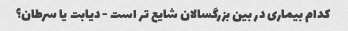
کدام بیماری در بین بزرگسالان شایع تر است - دیابت یا سرطان؟